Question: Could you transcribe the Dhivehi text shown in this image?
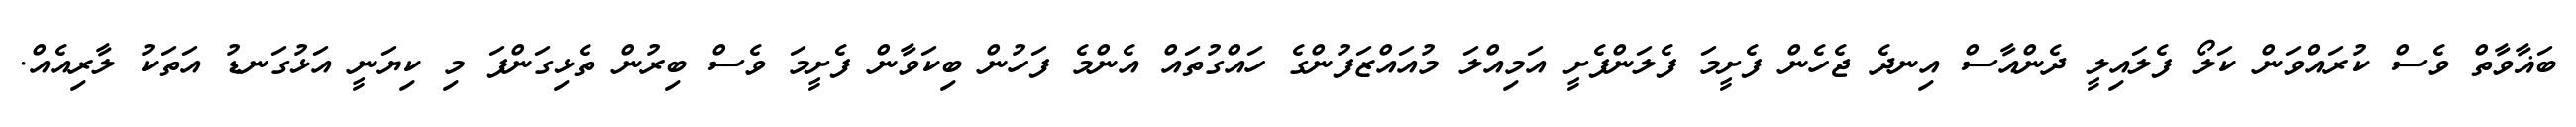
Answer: ބަޣާވާތް ވެސް ކުރައްވަން ކަލޯ ފެލައިލީ ދެންއާސް އިނދެ ޖެހެން ފެށީމަ ފެލަންފެށީ އަމިއްލަ މުއައްޒަފުންގެ ހައްގުތައް އެންމެ ފަހުން ބިކަވާން ފެށީމަ ވެސް ބިރުން ތެޅިގަންފަ މި ކިޔަނީ އަޅުގަނޑު އަތަކު ލާރިއެއް.